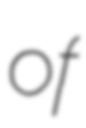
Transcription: of